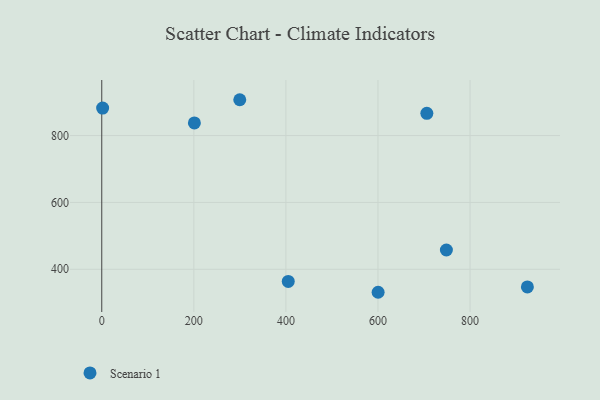
{"axis": {"x": "Engine Size", "y": "Profit"}, "legend": ["Scenario 1"], "data": [{"x": "405.1", "y": 363.6, "type": "Scenario 1"}, {"x": "1.9", "y": 882.2, "type": "Scenario 1"}, {"x": "924.5", "y": 347.2, "type": "Scenario 1"}, {"x": "748.6", "y": 457.6, "type": "Scenario 1"}, {"x": "299.8", "y": 907.2, "type": "Scenario 1"}, {"x": "600.3", "y": 331.2, "type": "Scenario 1"}, {"x": "201.2", "y": 837.8, "type": "Scenario 1"}, {"x": "706.1", "y": 866.5, "type": "Scenario 1"}]}